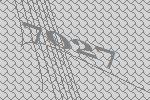
7027